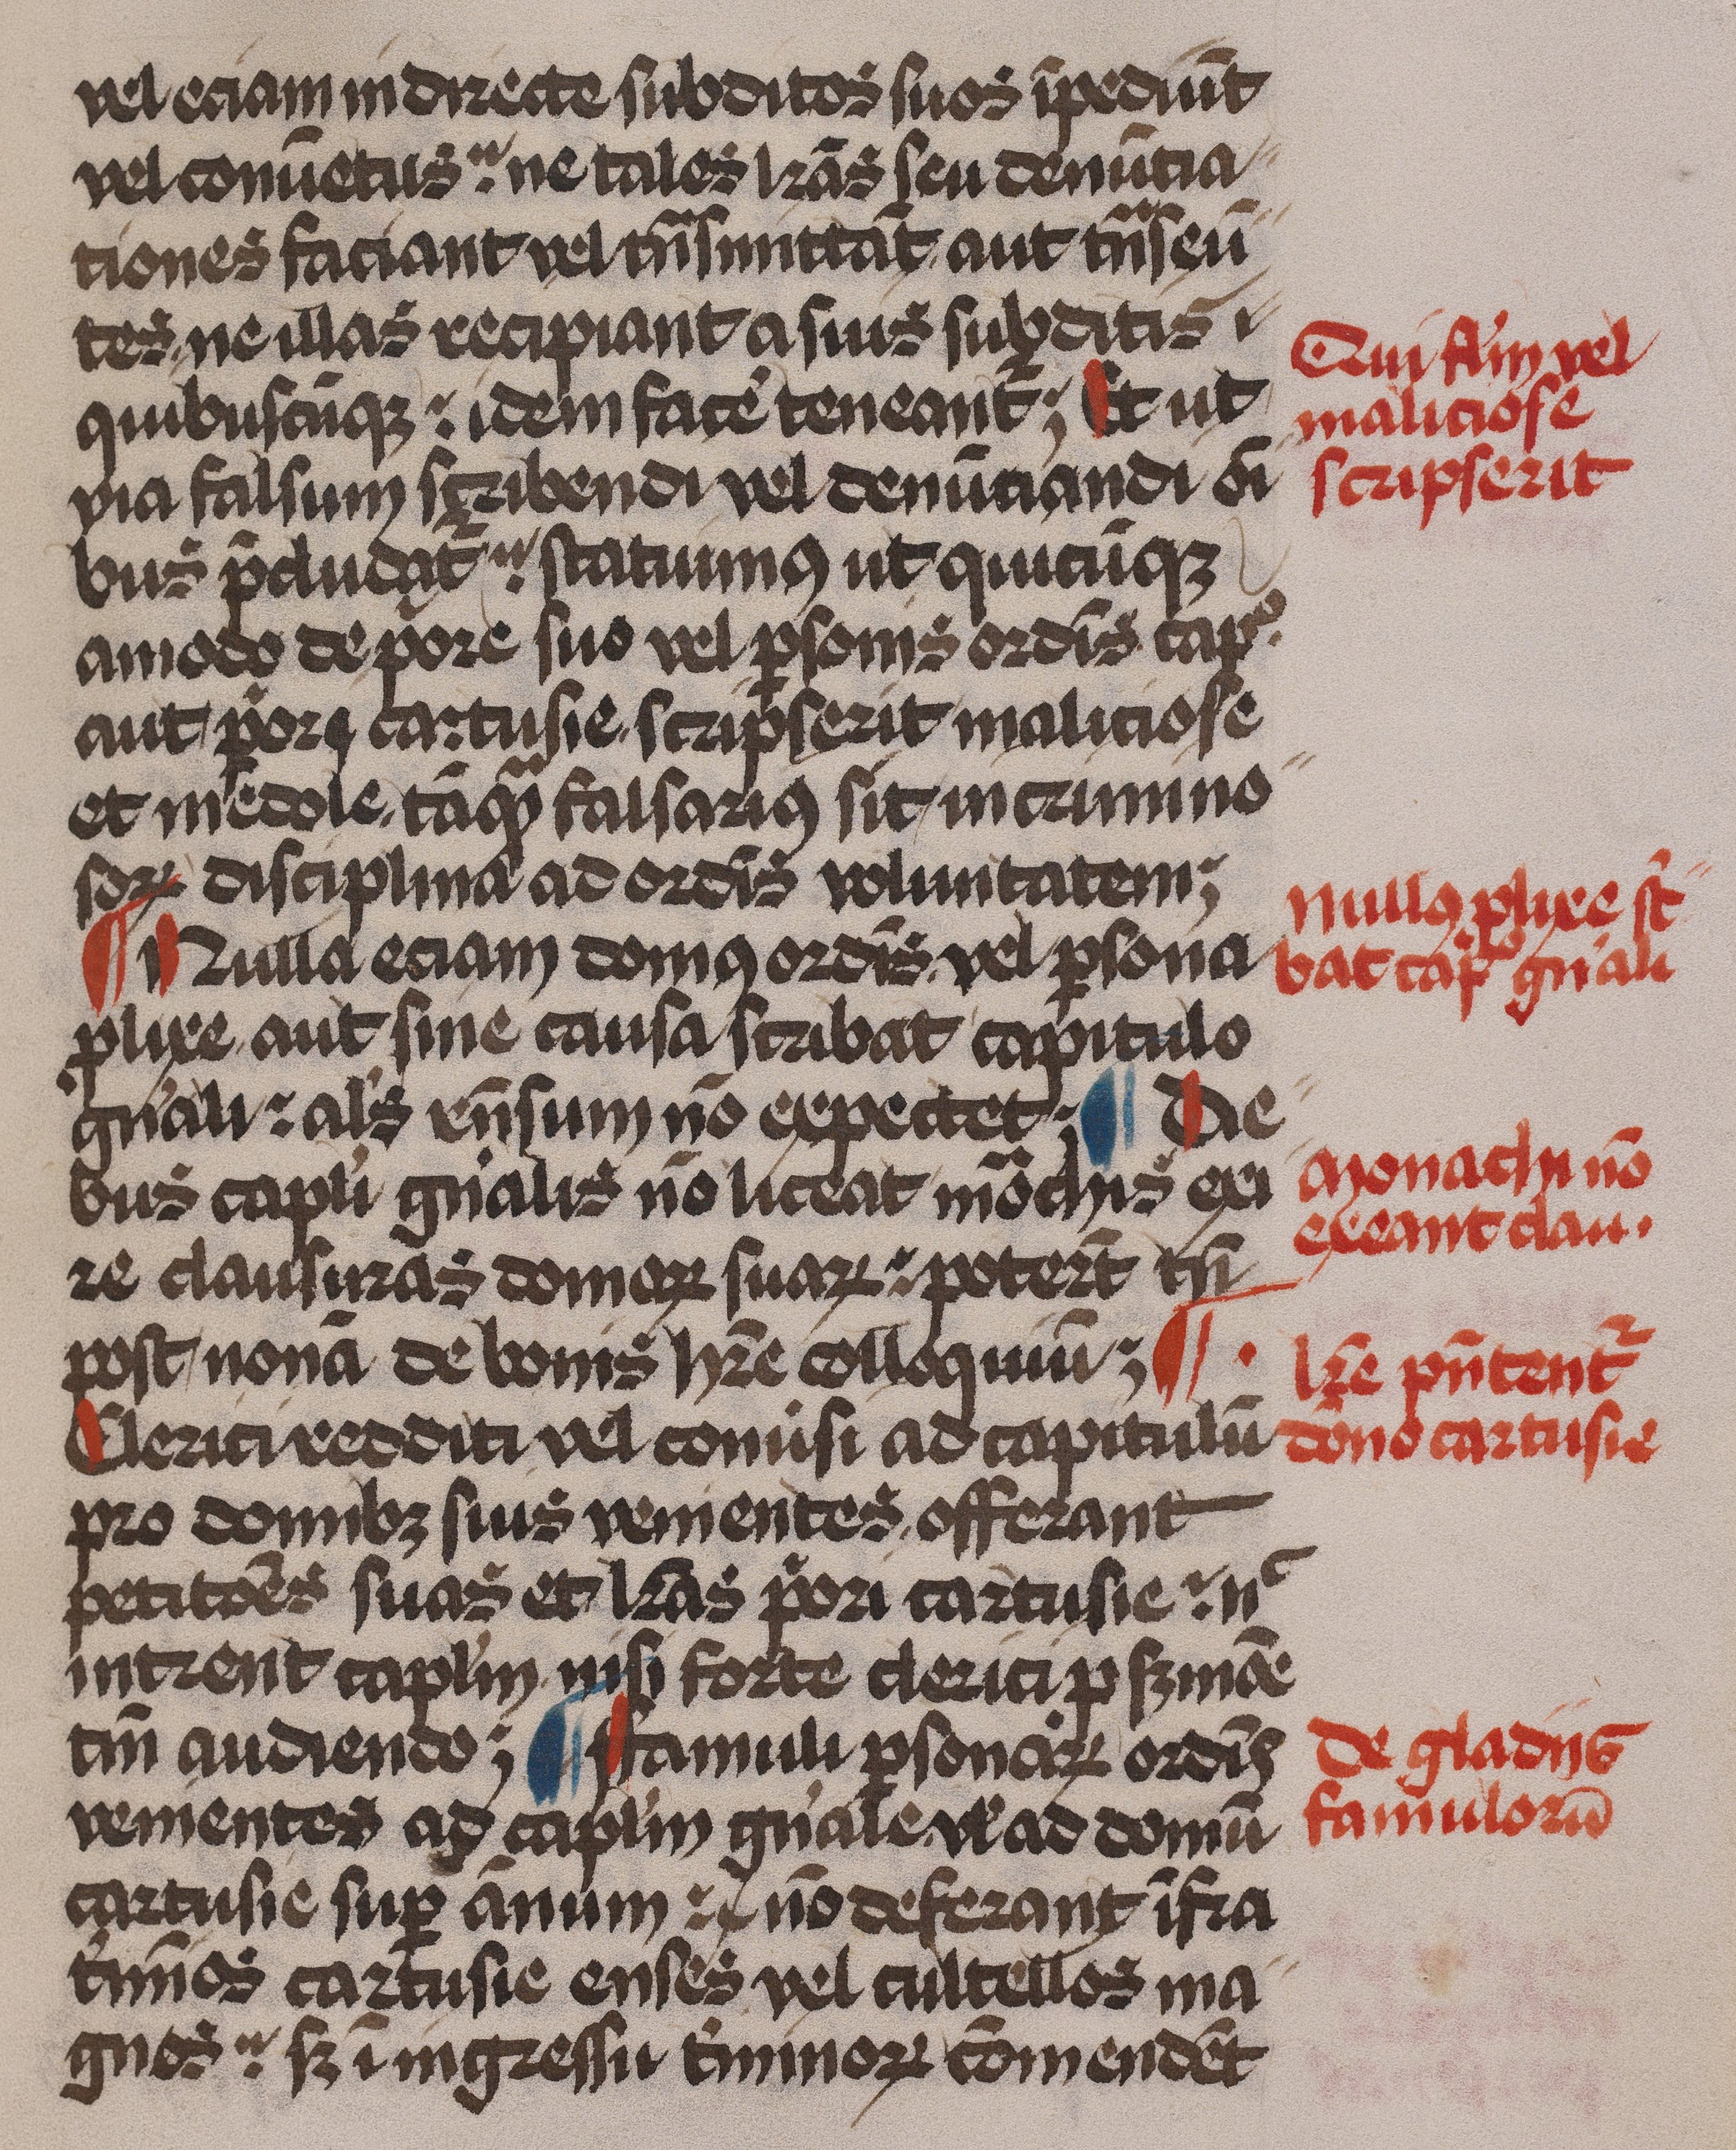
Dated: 1479–1479